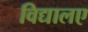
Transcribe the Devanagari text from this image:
विद्यालए